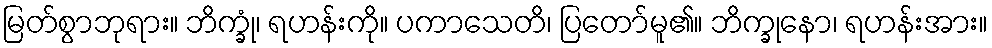
မြတ်စွာဘုရား။ ဘိက္ခုံ၊ ရဟန်းကို။ ပကာသေတိ၊ ပြတော်မူ၏။ ဘိက္ခုနော၊ ရဟန်းအား။